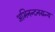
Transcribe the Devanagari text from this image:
अभिनन्दनग्रन्थ